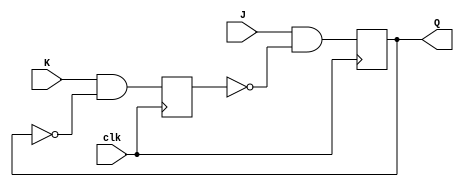
module jk_latch(input clk, input J, input K, output reg Q);

reg Q1, Q2;

always @(posedge clk)
begin
  Q1 <= J & ~Q2; // J input when Q2 is low
  Q2 <= K & ~Q1; // K input when Q1 is low
end

assign Q = Q1;

endmodule